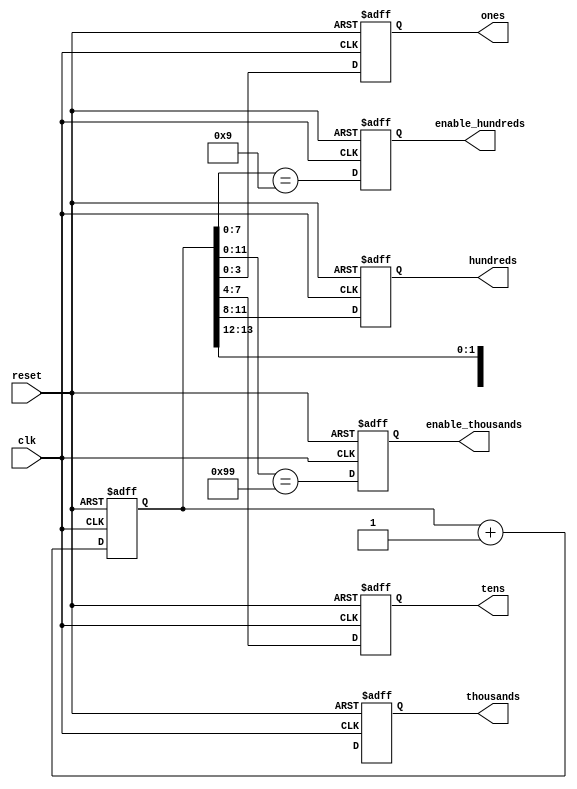
module four_digit_bcd_counter (
  input wire clk,            // Clock input
  input wire reset,          // Asynchronous reset input
  output reg [3:0] ones,     // Ones digit output
  output reg [3:0] tens,     // Tens digit output
  output reg [3:0] hundreds, // Hundreds digit output
  output reg [3:0] thousands, // Thousands digit output
  output reg enable_hundreds, // Enable signal for incrementing hundreds digit
  output reg enable_thousands // Enable signal for incrementing thousands digit
);

  reg [13:0] counter; // 16-bit counter to keep track of the overall count

  always @(posedge clk or posedge reset) begin
    if (reset) begin
      // Asynchronous reset
      counter <= 14'b0000_0000_0000_00;
      ones <= 4'b0000;
      tens <= 4'b0000;
      hundreds <= 4'b0000;
      thousands <= 4'b0000;
      enable_hundreds <= 1'b0;
      enable_thousands <= 1'b0;
    end else begin
      // Increment the counter on each clock edge
      counter <= counter + 1;

      // Extract individual digits
      ones <= counter[3:0];
      tens <= counter[7:4];
      hundreds <= counter[11:8];
      thousands <= counter[15:12];

      // Enable signals for incrementing hundreds and thousands
      enable_hundreds <= (counter[7:0] == 8'b1001); // Check for 9 in tens and ones
      enable_thousands <= (counter[11:0] == 12'b1001_1001); // Check for 99 in hundreds and tens
    end
  end

endmodule